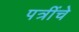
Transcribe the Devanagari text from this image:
पत्रींचे